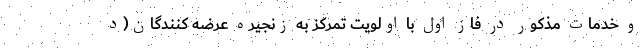
و خدمات مذکور در فاز اول با اولویت تمرکز به زنجیره عرضه کنندگان(د